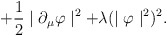
\begin{align*}+\frac{1}{2}\mid\partial_{\mu}\varphi\mid^{2}+ \lambda (\mid\varphi\mid^{2})^{2} . \end{align*}